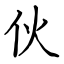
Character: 伙